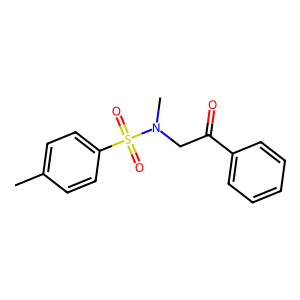
SMILES: Cc1ccc(S(=O)(=O)N(C)CC(=O)c2ccccc2)cc1
Inhibits HIV replication: No